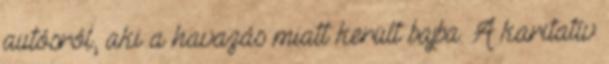
autósról, aki a havazás miatt került bajba. A karitatív